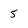
Character: 5